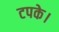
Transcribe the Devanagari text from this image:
टपके।